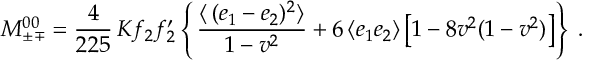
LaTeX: { \cal M } _ { \pm \: \! \, \! \mp } ^ { 0 \: \! 0 } = \frac { 4 } { 2 2 5 } \, K f _ { 2 } f _ { 2 } ^ { \prime } \left\{ \, \frac { \langle \, ( e _ { 1 } - e _ { 2 } ) ^ { 2 } \rangle } { 1 - v ^ { 2 } } + 6 \, \langle e _ { 1 } e _ { 2 } \rangle \left[ 1 - 8 v ^ { 2 } ( 1 - v ^ { 2 } ) \right] \right\} \; .